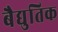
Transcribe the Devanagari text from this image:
बैद्युतिक